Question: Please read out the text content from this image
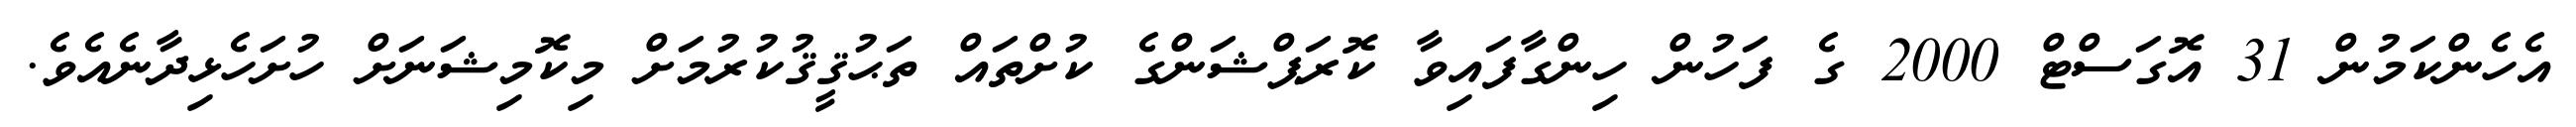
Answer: އެހެންކަމުން 31 އޮގަސްޓް 2000 ގެ ފަހުން ހިންގާފައިވާ ކޮރަޕްޝަންގެ ކުށްތައް ތަޙުޤީޤުކުރުމަށް މިކޮމިޝަނަށް ހުށަހެޅިދާނެއެވެ.